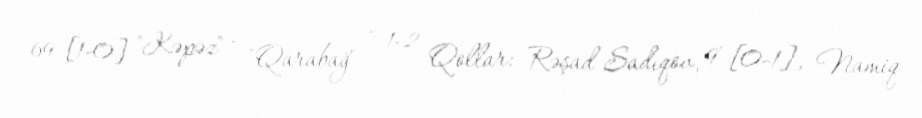
69 [1-0] "Kəpəz" - "Qarabağ" - 1-2 Qollar: Rəşad Sadıqov, 9' [0-1], Namiq